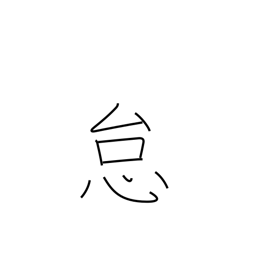
Meaning: laziness